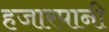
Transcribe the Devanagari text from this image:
हजारपानी